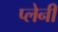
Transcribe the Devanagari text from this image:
प्लेनी